Subject: math
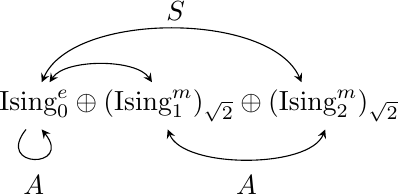
LaTeX code:
\begin{tikzpicture}[baseline]
\begin{scope}[shift={(0,3)}]
\node at (0,-2.5) {$\text{Ising}^e_0\oplus(\text{Ising}^m_1)_{\sqrt2}\oplus(\text{Ising}^m_2)_{\sqrt2}$};
\begin{scope}[shift={(-1.9,0)}]
\draw [stealth-stealth](1.3,-2.2) .. controls (1.1,-1.9) and (0.2,-1.9) .. (0,-2.2);
\end{scope}
\draw [stealth-stealth](-2,-2.2) .. controls (-1.6,-1.3) and (0.9,-1.3) .. (1.3,-2.2);
\node at (-0.3,-1.3) {$S$};
\draw [-stealth](-2.2,-2.8) .. controls (-2.6,-3.3) and (-1.6,-3.3) .. (-2,-2.8);
\node at (-2.1,-3.5) {$A$};
\begin{scope}[shift={(-0.4,-1.2)}]
\draw [stealth-stealth](2,-1.6) .. controls (1.8,-2.1) and (0.2,-2.1) .. (0,-1.6);
\node at (1,-2.3) {$A$};
\end{scope}
\end{scope}
\end{tikzpicture}